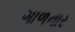
ગાળનાર